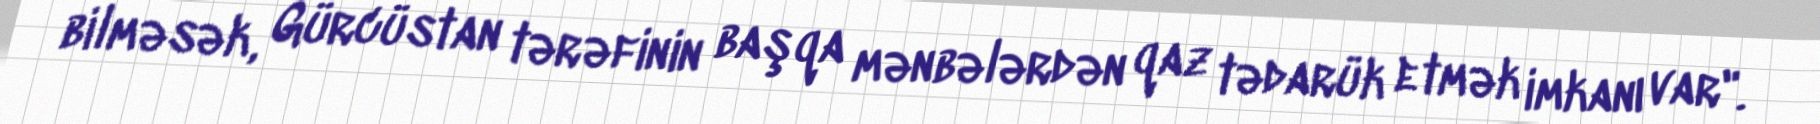
bilməsək, Gürcüstan tərəfinin başqa mənbələrdən qaz tədarük etmək imkanı var".